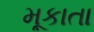
મૂકાતા